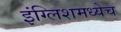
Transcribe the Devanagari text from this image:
इंग्लिशमध्येच